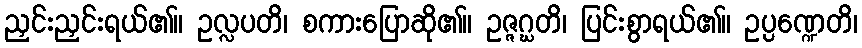
ညှင်းညှင်းရယ်၏။ ဥလ္လပတိ၊ စကားပြောဆို၏။ ဥဇ္ဇဂ္ဃတိ၊ ပြင်းစွာရယ်၏။ ဥပ္ပဏ္ဍေတိ၊